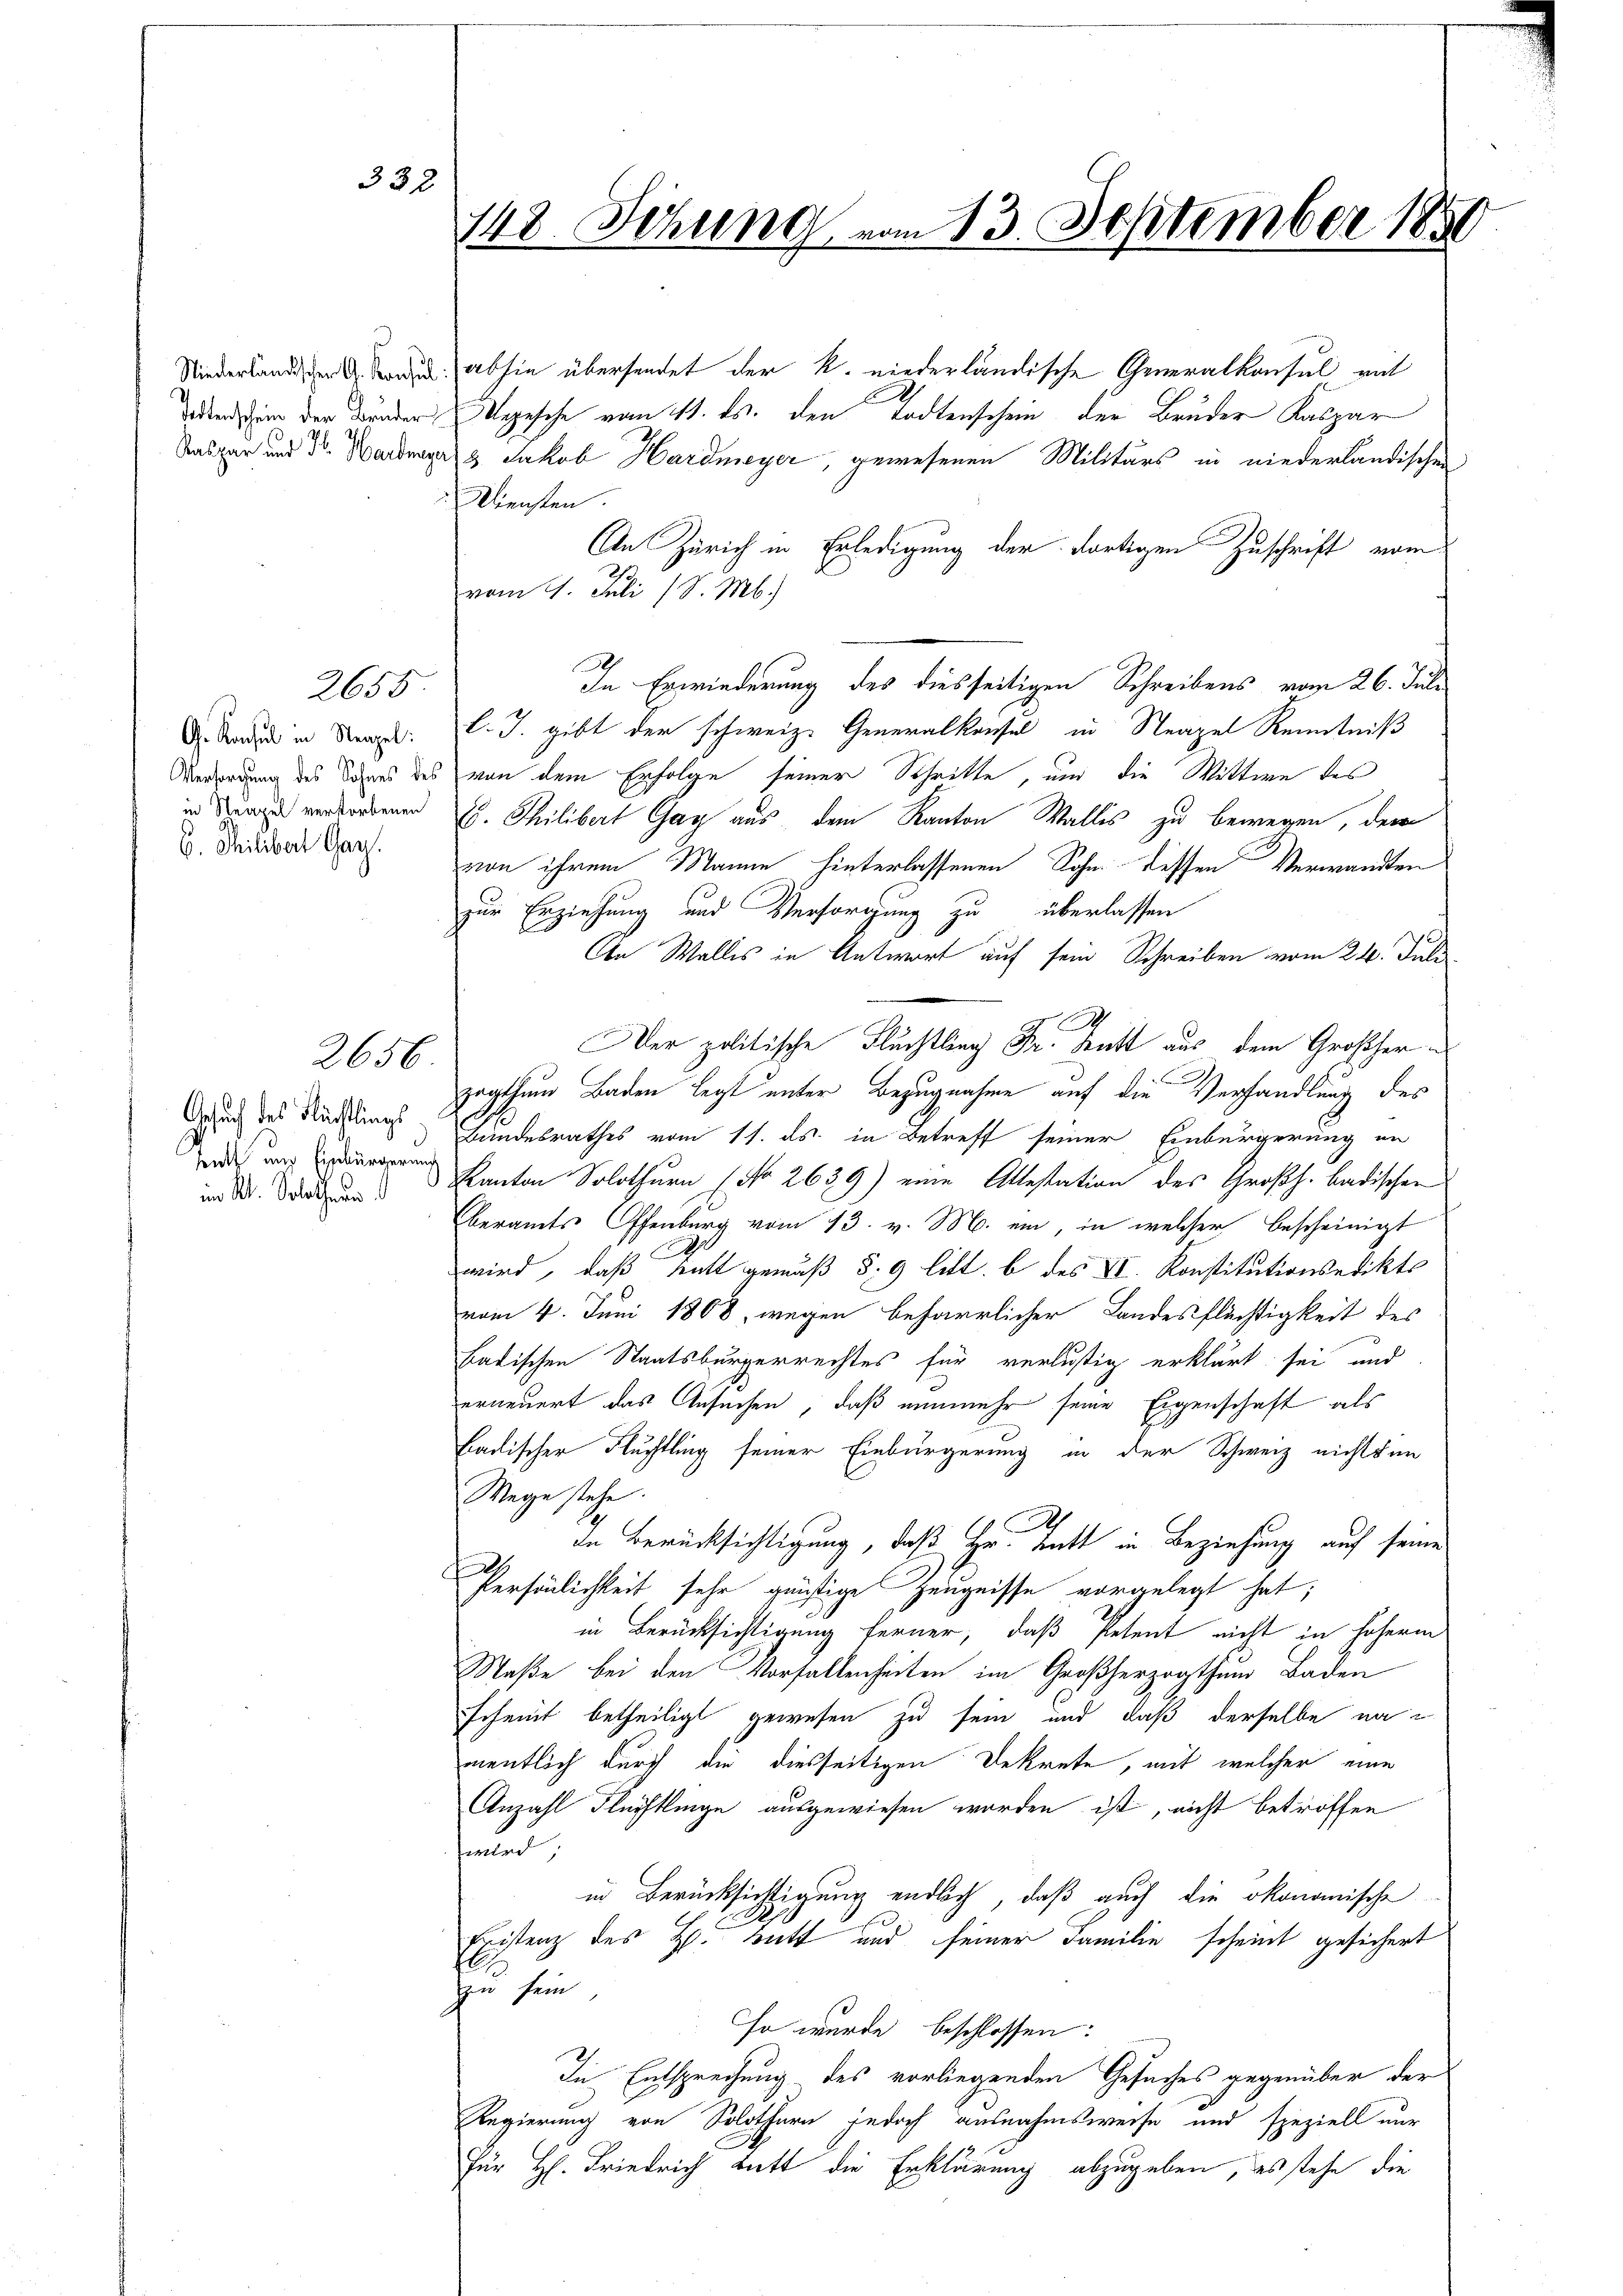
2655
G. Konsul in Neapel:
in Neapel verstorbenen
b. Philibert Gay.

332

2656.

Gesuch des Flächtlings
hutt und Einbürgerung

Niederländischen d. d. abhin übersendet der k. niederländische Generalkonsul mit
und in der Bunder Depesche vom 11. ds. den Todtenschein der Bruder Kaspar
Taspar und Dr. Hardmer & Jakob Hardmeyer, gewesenen Militärs in niederländischen
Diensten.
An Zürich in Erledigung der dortigen Zuschrift vom
vom 4. Juli (S. M.
h
In Erwiederung des diesseitigen Schreibens vom 26. Juli
l. J. gibt der schweiz. Generalkonsul in Steapel Kenntniß
Verordnung des Sohnes des von dem Erfolge seiner Schritte, um die Wittwe des
Es. Thilibert Gay aus dem Kanton Wallis zu bewegen, dem
von ihrem Manne hinterlassenen Sohn dessen Verwandten
zur Erziehung und Versorgung zu überlassen
An Wallis in Antwort auf sein Schreiben vom 24. Juli
.
Der politische Fluchtling Dr. Kett aus dem Großherzogthum Baden legt unter Bezugnahme auf die Verhandlung des
Bundesrathes vom 11. ds. in Betreff seiner Einbürgerung an
imn d. d. Kanton Solothurn (No 2639) eine Attestation des Großh. badischen
Oberamts Offenburg vom 13. v. M. ein, in welcher bescheinigt
wird, daß tritt gemäß § 9 litt. b des VI. Konstitutionsedikts
vom 4. Juni 1808 wegen beharrlicher Landesflüchtigkeit des
badischen Staatsbürgerrechtes für verlustig erklärt sei und
erneuert das Ansuchen, daß nunmehr seine Eigenschaft als
Ladischer Fluchtling seiner Einbürgerung in der Schweiz nichtsan
Wege stehe.
die Berücksichtigung, daß Hr. Hatt in Beziehung auf seine
x
Persönlichkeit sehr günstige Zeugnisse vorgelegt hat;
in Berücksichtigung ferner, daß Petent nicht in höherm
Maße bei den Vorfallenheiten im Großherzogthum Baden
scheint betheiligt gewesen zu sein und daß derselbe na
mentlich durch die diesseitigen Dekrete, mit welcher eine
Anzahl Flüchtlinge ausgewiesen worden ist, nicht betroffen
wird;
in Berücksichtigung endlich, daß auch die ökonomische
Existenz des H. Bett und seiner Familie scheint gesichert
zu sein
so wurde beschlossen:
In Entsprechung des vorliegenden Gesuches gegenüber der
Regierung von Solothurn jedoch ausnahmsweise und speziell nur
Für H. Friedrich bitt die Erklärung abzugeben, des stehe die

148. Sitzung vom 13. September 1850